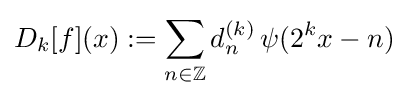
D_{k}[f](x):=\sum _{n\in \mathbb {Z} }d_{n}^{(k)}\,\psi (2^{k}x-n)